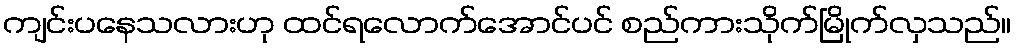
ကျင်းပနေသလားဟု ထင်ရလောက်အောင်ပင် စည်ကားသိုက်မြိုက်လှသည်။